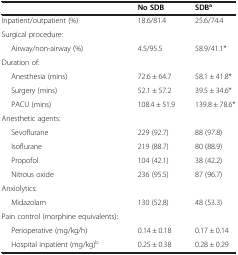
<table><thead><tr><td><b> </b></td><td><b>No SDB</b></td><td><b>SDB<sup>a</sup></b></td></tr></thead><tbody><tr><td>Inpatient/outpatient (%)</td><td>18.6/81.4</td><td>25.6/74.4</td></tr><tr><td>Surgical procedure:</td><td> </td><td> </td></tr><tr><td>Airway/non-airway (%)</td><td>4.5/95.5</td><td>58.9/41.1*</td></tr><tr><td>Duration of:</td><td> </td><td> </td></tr><tr><td>Anesthesia (mins)</td><td>72.6 ± 64.7</td><td>58.1 ± 41.8*</td></tr><tr><td>Surgery (mins)</td><td>52.1 ± 57.2</td><td>39.5 ± 34.6*</td></tr><tr><td>PACU (mins)</td><td>108.4 ± 51.9</td><td>139.8 ± 78.6*</td></tr><tr><td>Anesthetic agents:</td><td> </td><td> </td></tr><tr><td>Sevoflurane</td><td>229 (92.7)</td><td>88 (97.8)</td></tr><tr><td>Isoflurane</td><td>219 (88.7)</td><td>80 (88.9)</td></tr><tr><td>Propofol</td><td>104 (42.1)</td><td>38 (42.2)</td></tr><tr><td>Nitrous oxide</td><td>236 (95.5)</td><td>87 (96.7)</td></tr><tr><td>Anxiolytics:</td><td> </td><td> </td></tr><tr><td>Midazolam</td><td>130 (52.8)</td><td>48 (53.3)</td></tr><tr><td>Pain control (morphine equivalents):</td><td> </td><td> </td></tr><tr><td>Perioperative (mg/kg/h)</td><td>0.14 ± 0.18</td><td>0.17 ± 0.14</td></tr><tr><td>Hospital inpatient (mg/kg)<sup>b</sup></td><td>0.25 ± 0.38</td><td>0.28 ± 0.29</td></tr></tbody></table>